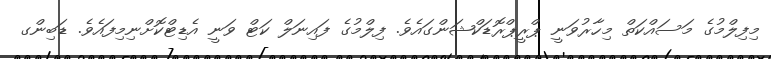
މިފިލްމުގެ މަސައްކަތް މިހާރުވަނީ ޕްރީޕްރޮޑަކްޝަންގައެވެ. ފިލްމުގެ ފައިނަލް ކަޓް ވަނީ އެޑިޓްކޮށްނިމިފައެވެ. ޑަބިންގ